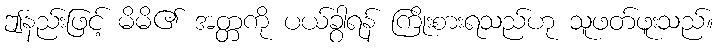
ဤနည်းဖြင့် မိမိ၏ အတ္တကို ပယ်ခွာရန် ကြိုးစားရသည်ဟု သူဖတ်ဖူးသည်။